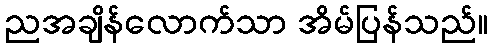
ညအချိန်လောက်သာ အိမ်ပြန်သည်။